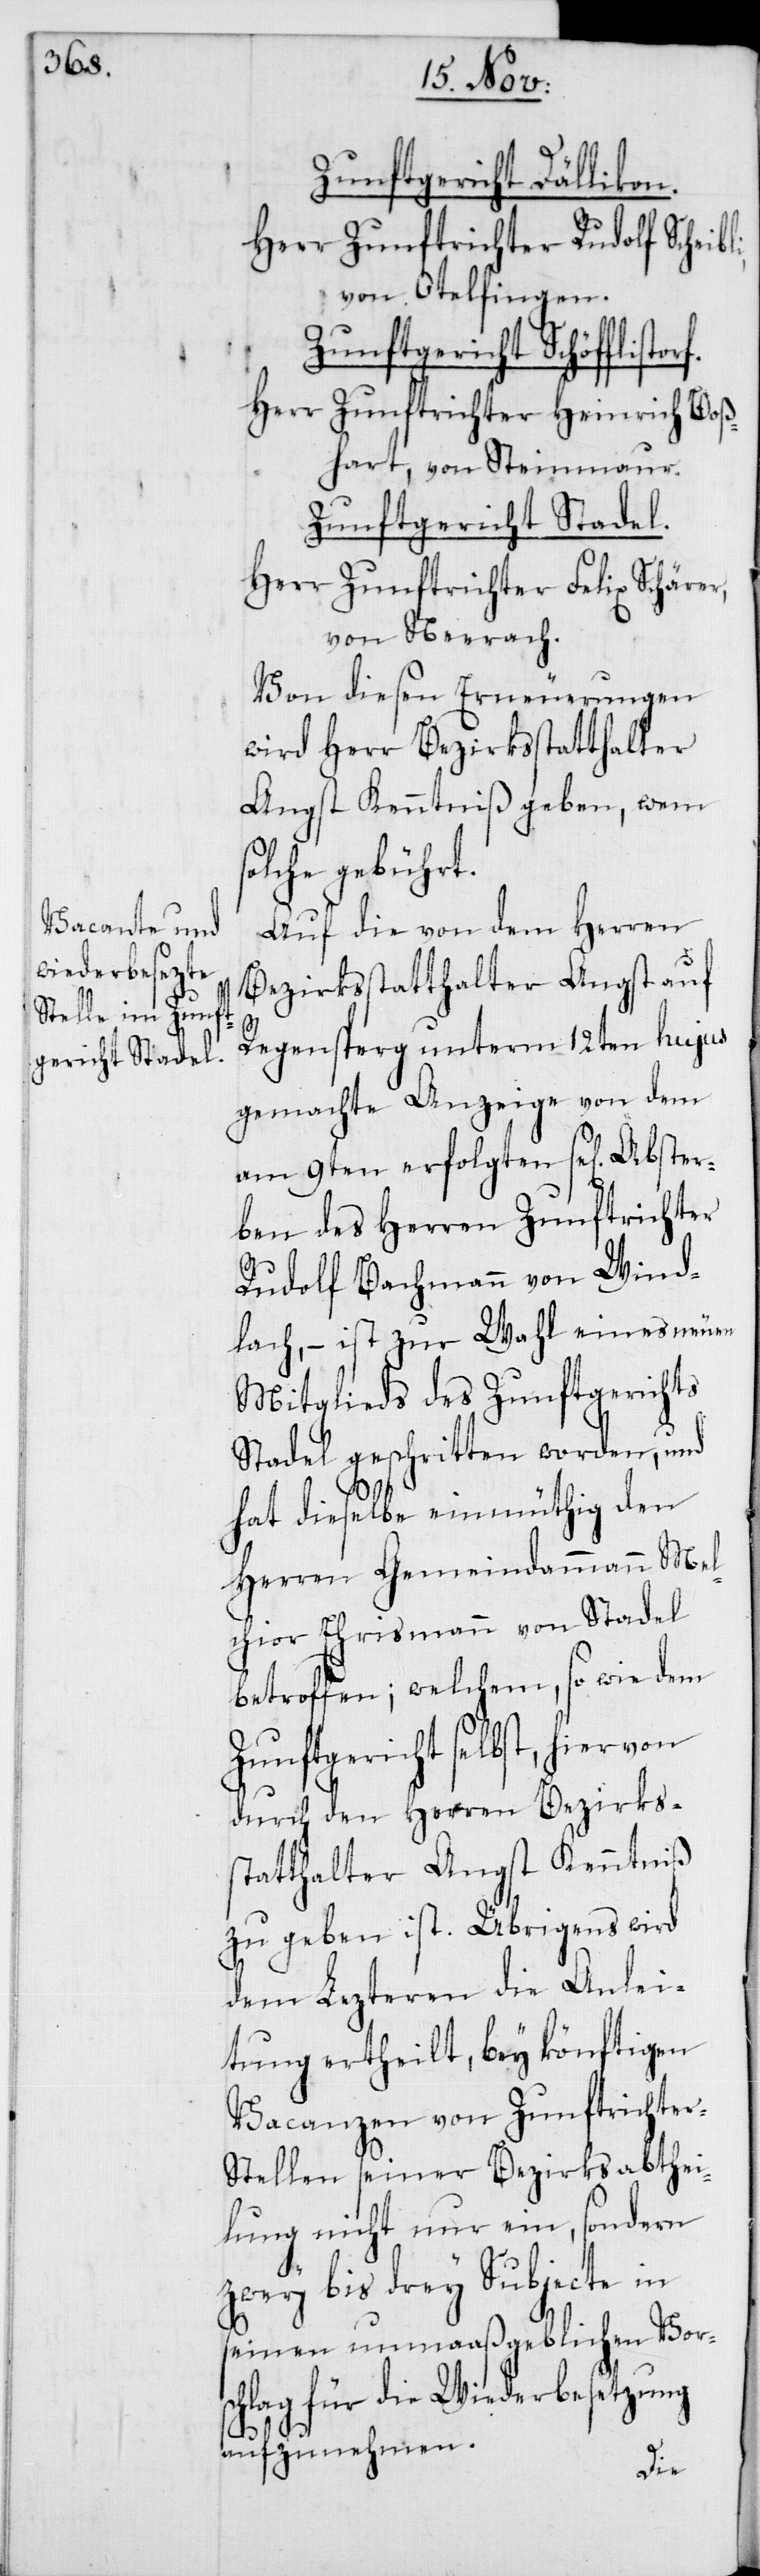
orf.

Zunftgericht Dällikon.
Herr Zunftrichter Rudolf Scheibl¬
von Otelfingen.
Zunftgericht Schöfflist¬
Herr Zunftrichter Heinrich Boß¬
hart, von Steinmaur.
Zunftgericht Stadel.
Herr Zunftrichter Felix Schärer,
von Neerach.
Von diesen Erneuerungen
wird Herr Bezirksstatthalter
Angst Kenntniß geben, wem
solche gebührt.
Auf die von dem Herren
Bezirksstatthalter Angst auf
Regensperg unterm 12ten hujus
gemachte Anzeige von dem
am 9ten erfolgten se[ligen]
rben des Herren Zunftrichter
Rudolf Bachmann von Wind¬
lach, – ist zur Wahl eines neuen
Mitglieds des Zunftgerichts
Stadel geschritten worden, und
hat dieselbe einmüthig den
Herren Gemeindammann Mel¬
chior Ehrismann von Stadel
betroffen; welchem, so wie dem
Zunftgericht selbst, hiervon
durch den Herren Bezirks¬
statthalter Angst Kenntniß
zu geben ist. Übrigens wird
dem Lezteren die Anlei¬
tung ertheilt, bey könftigen
Vacanzen von Zunftrichter-S¬
tellen seiner Bezirksabthei¬
lung nicht nur ein, sondern
zwey bis drey Subjecte in
seinen unmaaßgeblichen Vors¬
chlag für die Wiederbesetzung
aufzunehmen.
Abste¬